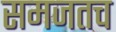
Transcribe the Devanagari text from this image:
समजतच